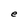
Character: e